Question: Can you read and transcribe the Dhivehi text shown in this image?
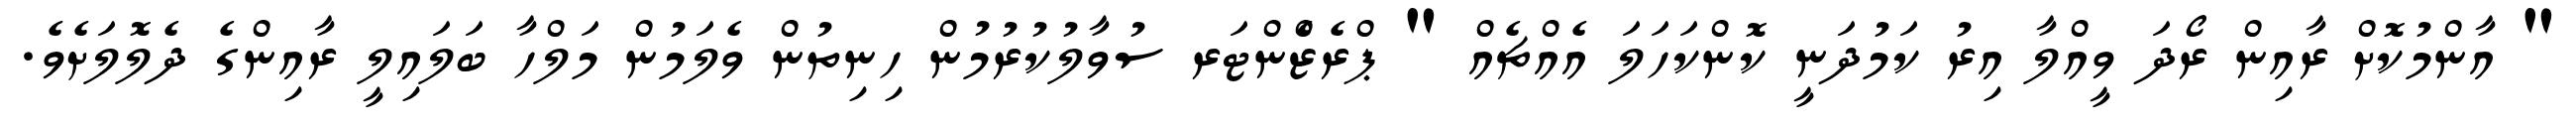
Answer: " އާންމުކޮށް ރާއިން ރޯދަ ވީއްލާ އިރު ކަމުދަނީ ކޮންކަހަލަ އެއްޗެއް " ޕްރެޒެްންޓަރ ސުވާލުކުރުމުން ހިނިތުން ވެލަމުން މަލްހާ ބަލައިލީ ރާއިންގެ ދެލޮލަށެވެ.